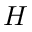
H